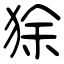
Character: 狳